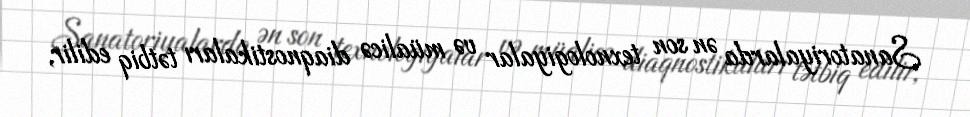
Sanatoriyalarda ən son texnologiyalar və müalicə diaqnostikaları tətbiq edilir,